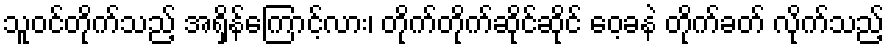
သူဝင်တိုက်သည့် အရှိန်ကြောင့်လား၊ တိုက်တိုက်ဆိုင်ဆိုင် ဝေ့ခနဲ တိုက်ခတ် လိုက်သည့်